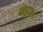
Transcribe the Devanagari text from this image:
वाहक़